Madras plague regulations and rules - Volume 1
Disease focus: Plague
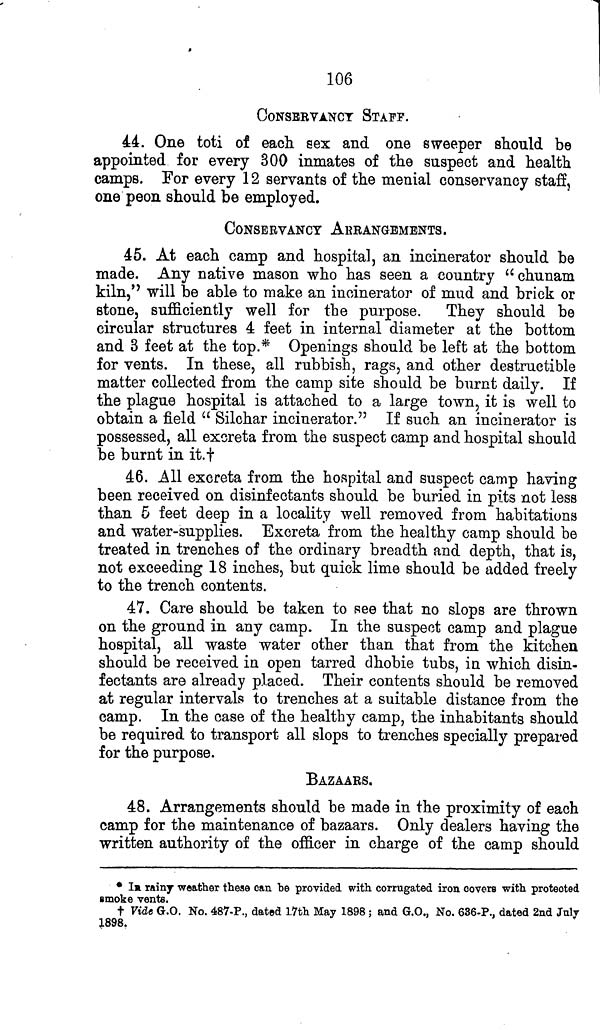
106
CONSERVANCY STAFF.
44. One toti of each sex and one sweeper should be
appointed for every 300 inmates of the suspect and health
camps. For every 12 servants of the menial conservancy staff,
one peon should be employed.
CONSERVANCY ARRANGEMENTS.
45. At each camp and hospital, an incinerator should be
made. Any native mason who has seen a country " chunam
kiln," will be able to make an incinerator of mud and brick or
stone, sufficiently well for the purpose. They should be
circular structures 4 feet in internal diameter at the bottom
and 3 feet at the top.* Openings should be left at the bottom
for vents. In these, all rubbish, rags, and other destructible
matter collected from the camp site should be burnt daily. If
the plague hospital is attached to a large town, it is well to
obtain a field " Silchar incinerator." If such an incinerator is
possessed, all excreta from the suspect camp and hospital should
be burnt in it.†
46. All excreta from the hospital and suspect camp having
been received on disinfectants should be buried in pits not less
than 5 feet deep in a locality well removed from habitations
and water-supplies. Excreta from the healthy camp should be
treated in trenches of the ordinary breadth and depth, that is,
not exceeding 18 inches, but quick lime should be added freely
to the trench contents.
47. Care should be taken to see that no slops are thrown
on the ground in any camp. In the suspect camp and plague
hospital, all waste water other than that from the kitchen
should be received in open tarred dhobie tubs, in which disin-
fectants are already placed. Their contents should be removed
at regular intervals to trenches at a suitable distance from the
camp. In the case of the healthy camp, the inhabitants should
be required to transport all slops to trenches specially prepared
for the purpose.
BAZAARS.
48. Arrangements should be made in the proximity of each
camp for the maintenance of bazaars. Only dealers having the
written authority of the officer in charge of the camp should
* In rainy weather these can he provided with corrugated iron covers with protected
smoke vents.
† Vide G.O. No. 487-P., dated 17th May 1898 5 and G.O., No. 636-P., dated 2nd July
1898.